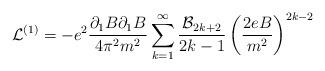
LaTeX: \begin{align*}{\cal L}^{(1)}=-e^2\frac{\partial _{1}B\partial _{1}B}{4\pi^2m^2}\sum_{k=1}^{\infty}\frac{{\cal B}_{2k+2}}{2k-1}\left( \frac{2eB}{m^{2}}\right)^{2k-2}\end{align*}